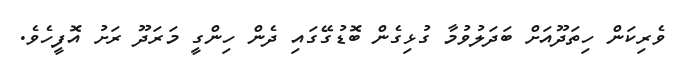
ވެރިކަން ހިތަދޫއަށް ބަދަލުވުމާ ގުޅިގެން ބޮޑުގޭގައި ދެން ހިންގީ މަރަދޫ ރަށު އޮފީހެވެ.